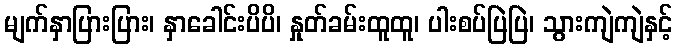
မျက်နှာပြားပြား၊ နှာခေါင်းပိပိ၊ နှုတ်ခမ်းထူထူ၊ ပါးစပ်ပြဲပြဲ၊ သွားကျဲကျဲနှင့်